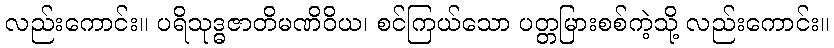
လည်းကောင်း။ ပရိသုဒ္ဓဇာတိမဏိဝိယ၊ စင်ကြယ်သော ပတ္တမြားစစ်ကဲ့သို့ လည်းကောင်း။